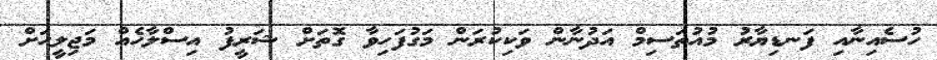
ހުސެއިނާއި ފަނޑިޔާރު މުއުތަސިމް އަދުނާން ވަކިކުރަން މަގުފަހިވާ ގޮތަށް ޝަރީފު އިސްލާހެއް މަޖިލީހަށް